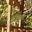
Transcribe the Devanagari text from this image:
हुड्का